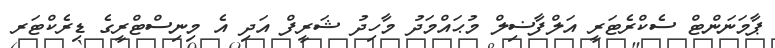
ޕާމަނަންޓް ސެކްރެޓަރީ އަލްފާޟިލް މުޙައްމަދު މާހިދު ޝަރީފް އަދި އެ މިނިސްޓްރީގެ ޑިރެކްޓަރ